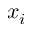
x _ { i }